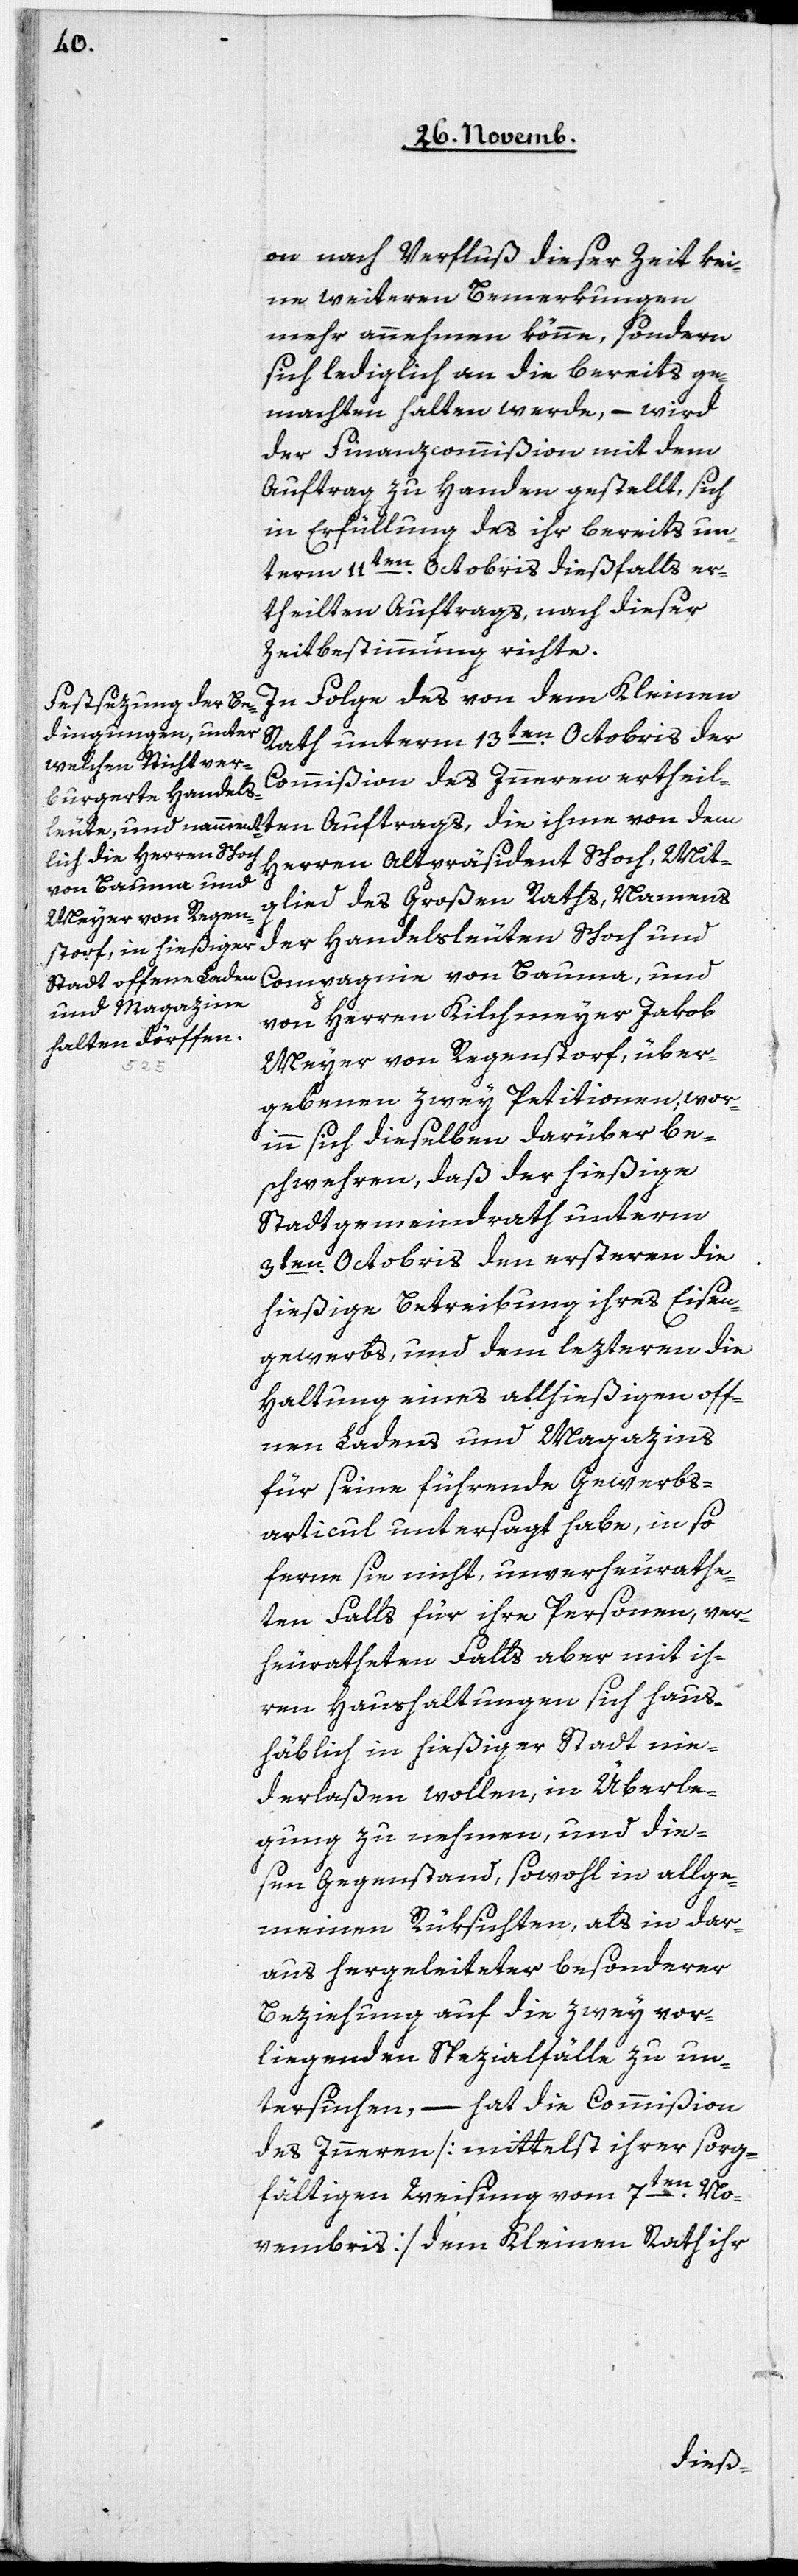
on nach Verfluß dieser Zeit kei¬
ne weiteren Bemerkungen
mehr annehmen könne, sondern
sich lediglich an die bereits ge¬
machten halten werde, – wird
der Finanzcommißion mit dem
Auftrag zu Handen gestellt, sich
in Erfüllung des ihr bereits un¬
term 11ten. Octobris dießfalls er¬
theilten Auftrags, nach dieser
Zeitbestimmung richte.
In Folge des von dem Kleinen
Rath unterm 13ten. Octobris der
Commißion des Inneren ertheilten
Herrn Altpräsident Schoch, Mit¬
glied des Großen Raths, Namens
der Handelsleute Schoch und
Compagnie von Bauma, und
von Herren Kilchmeyer Jakob
Meyer von Regenstorf, über¬
gebenen zwey Petitionen, wor¬
inn sich dieselben darüber be¬
schwehren, daß der hießige
Stadtgemeindrath unterm
3ten. Octobris den ersteren die
hießige Betreibung ihres Eisen¬
gewerbs, und dem lezteren die
Haltung eines allhießigen off¬
nen Ladens und Magazins
für seine führende Gewerbs¬
articul untersagt habe, in so
ferne nicht, unverheurathe¬
ten Falls für ihre Personen, ver¬
heuratheten Falls aber mit ih¬
ren Haushaltungen sich haus¬
häblich in hießiger Stadt nie¬
derlaßen wollen, in Überle¬
gung zu nehmen, und die¬
sen Gegenstand, sowohl in allge¬
meinen Rüksichten, als in dar¬
aus hergeleiteter besonderer
Beziehung auf die zwey vor¬
liegenden Spezialfälle zu un¬
tersuchen, – hat die Commißion
des Inneren [mittelst ihrer sorg¬
fältigen Weisung vom 7ten. No¬
vembris] dem Kleinen Rath ihr